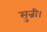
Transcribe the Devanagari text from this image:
सुन्नी।